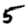
Digit: 5